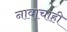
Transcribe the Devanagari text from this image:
नावाचाही